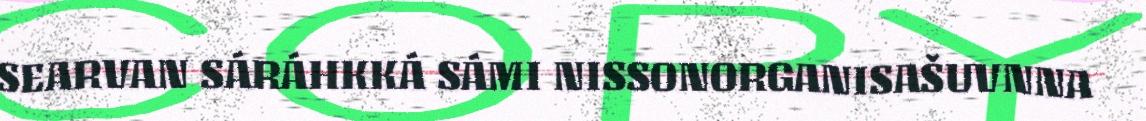
SEARVAN SÁRÁHKKÁ SÁMI NISSONORGANISAŠUVNNA